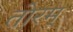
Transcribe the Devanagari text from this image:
तोरम्